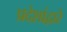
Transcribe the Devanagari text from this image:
प्रदेशांद्वारे